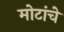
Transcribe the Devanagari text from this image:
मोटांचे